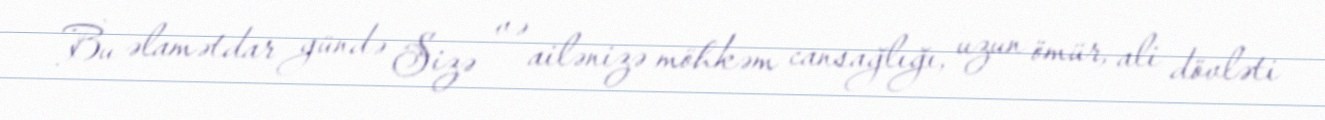
Bu əlamətdar gündə Sizə və ailənizə möhkəm cansağlığı, uzun ömür, ali dövləti